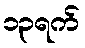
၁၃ရက်